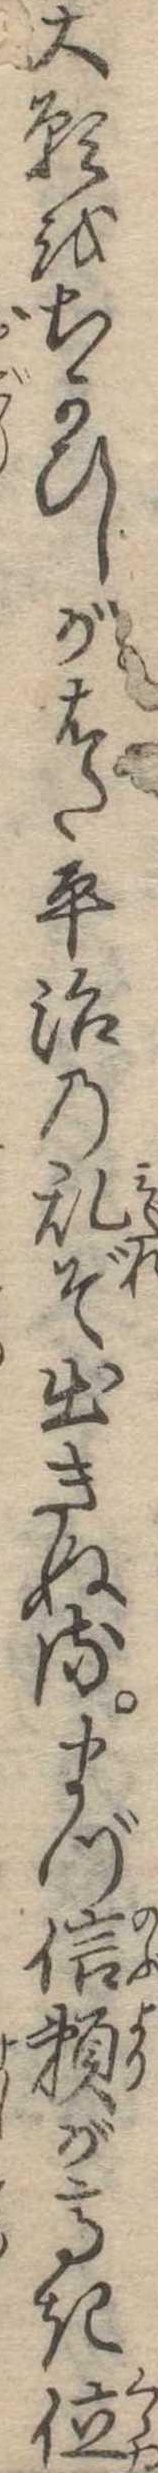
大願をちかひしがはた平治の乱ぞ出きぬるまづ信頼が高き位